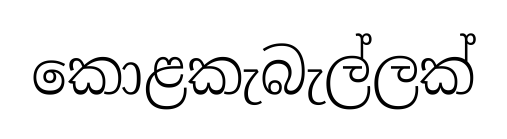
කොළකැබැල්ලක්